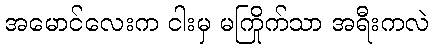
အမောင်လေးက ငါးမှ မကြိုက်သာ အရီးကလဲ